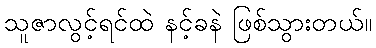
သူဇာလွင့်ရင်ထဲ နင့်ခနဲ ဖြစ်သွားတယ်။